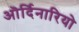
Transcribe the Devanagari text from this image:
ऒर्दिनारियो